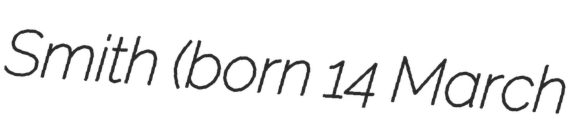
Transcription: Smith (born 14 March